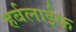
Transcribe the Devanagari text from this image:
हर्बलाईफ